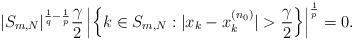
LaTeX: \begin{align*}|S_{m,N}|^{\frac{1}{q}-\frac{1}{p}}\frac{\gamma}{2}\left|\left\{k\in S_{m,N}:|x_{k}-x^{(n_{0})}_{k}|>\frac{\gamma}{2}\right\}\right|^{\frac{1}{p}}=0.\end{align*}